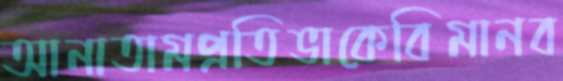
আনাতামপ্রতিভাকেবিমানব